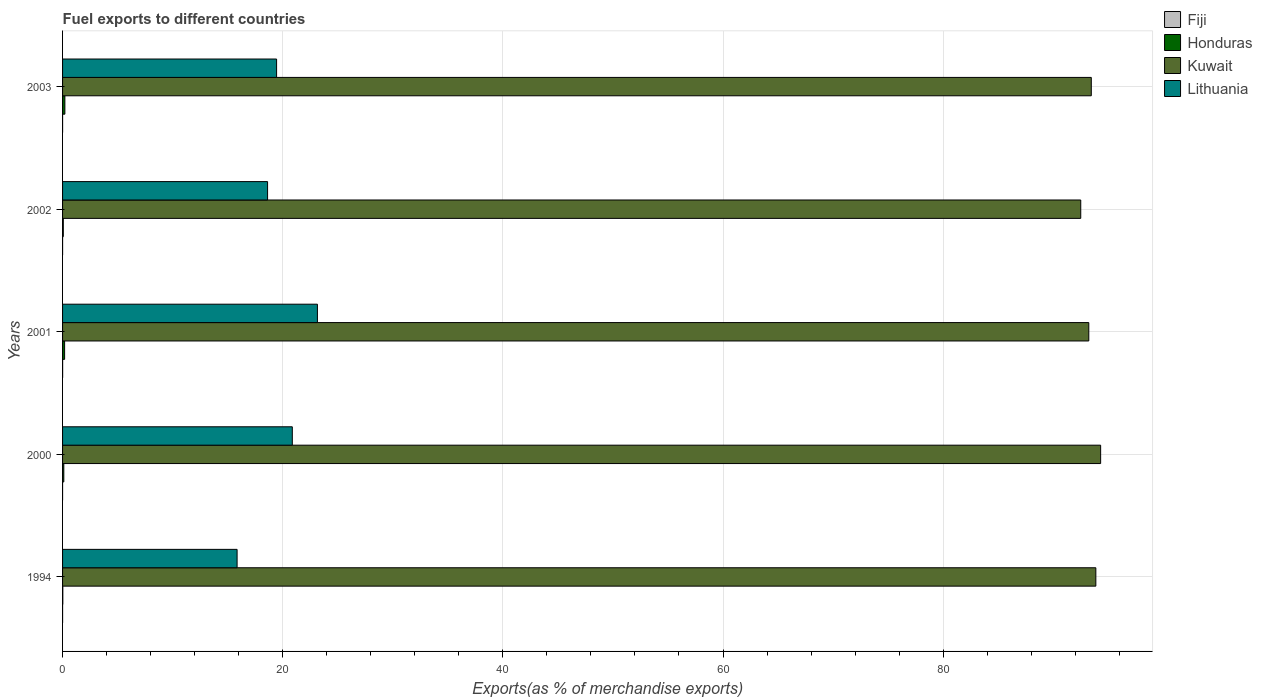
| Years | Fiji | Honduras | Kuwait | Lithuania |
 | --- | --- | --- | --- | --- |
 | 1994 | 0.00134 | 0.0217 | 93.9 | 15.9 |
 | 2000 | 0.000267 | 0.113 | 94.3 | 20.9 |
 | 2001 | 0.00604 | 0.185 | 93.2 | 23.2 |
 | 2002 | 0.00071 | 0.0668 | 92.5 | 18.6 |
 | 2003 | 0.000466 | 0.21 | 93.5 | 19.4 |